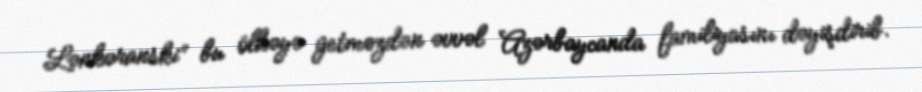
Lənkəranski” bu ölkəyə getməzdən əvvəl Azərbaycanda familiyasını dəyişdirib.